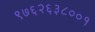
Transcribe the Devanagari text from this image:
९७६२६३८००१